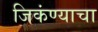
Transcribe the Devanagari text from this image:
जिकंण्याचा